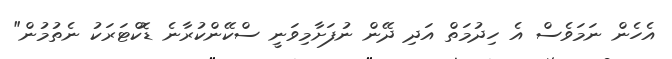
އެހެން ނަމަވެސް އެ ހިދުމަތް އަދި ދޭން ނުފަށާމިވަނީ ސްކޭންކުރާނެ ޑޮކްޓަރަކު ނެތުމުން"